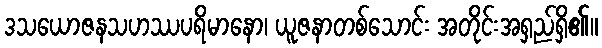
ဒသယောဇနသဟဿပရိမာနော၊ ယူဇနာတစ်သောင်း အတိုင်းအရှည်ရှိ၏။